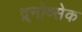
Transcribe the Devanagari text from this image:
द्र्नोव्सेक